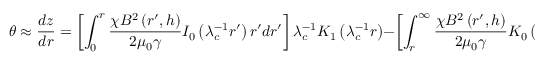
\theta \approx \frac { d z } { d r } = \left[ \int _ { 0 } ^ { r } \frac { \chi B ^ { 2 } \left( r ^ { \prime } , h \right) } { 2 \mu _ { 0 } \gamma } I _ { 0 } \left( \lambda _ { c } ^ { - 1 } r ^ { \prime } \right) r ^ { \prime } d r ^ { \prime } \right] \lambda _ { c } ^ { - 1 } K _ { 1 } \left( \lambda _ { c } ^ { - 1 } r \right) - \left[ \int _ { r } ^ { \infty } \frac { \chi B ^ { 2 } \left( r ^ { \prime } , h \right) } { 2 \mu _ { 0 } \gamma } K _ { 0 } \left( \lambda _ { c } ^ { - 1 } r ^ { \prime } \right) r ^ { \prime } d r ^ { \prime } \right] \lambda _ { c } ^ { - 1 } I _ { 1 } \left( \lambda _ { c } ^ { - 1 } r \right)